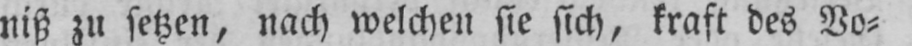
niß zu setzen, nach welchen sie sich, kraft des Vo⸗